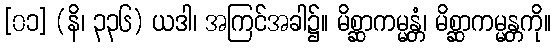
[၀၁] (နိ၊ ၃၃၆) ယဒါ၊ အကြင်အခါ၌။ မိစ္ဆာကမ္မန္တံ၊ မိစ္ဆာကမ္မန္တကို။